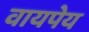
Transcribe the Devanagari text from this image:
वायपेय